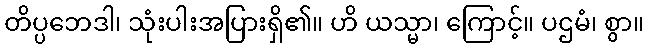
တိပ္ပဘေဒါ၊ သုံးပါးအပြားရှိ၏။ ဟိ ယသ္မာ၊ ကြောင့်။ ပဌမံ၊ စွာ။